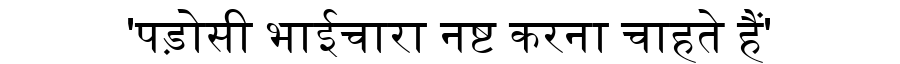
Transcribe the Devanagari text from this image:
'पड़ोसी भाईचारा नष्ट करना चाहते हैं'